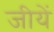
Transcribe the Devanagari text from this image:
जीयें